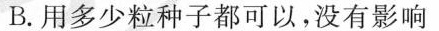
B.用多少粒种子都可以，没有影响